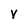
Character: V